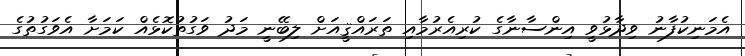
އެމަނިކުފާނު ވިދާޅުވީ އިންސާނާގެ ކުރިއެރުމާއި ތަރައްޤީއަށް ލިބޭނީ މަދު ވަގުތުކޮޅެއް ކަމަށާ އެވަގުތުގެ